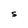
Character: S